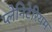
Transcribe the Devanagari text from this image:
प्लेनिटेरियम